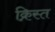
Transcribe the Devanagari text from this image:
क्रिस्त